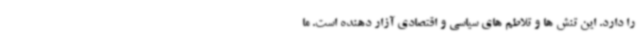
را دارد. این تنش ها و تلاطم های سیاسی و اقتصادی آزار دهنده است. ما